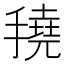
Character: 𢴽